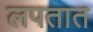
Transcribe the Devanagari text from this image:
लपतात